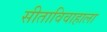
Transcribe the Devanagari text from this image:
सीताविवाहाला